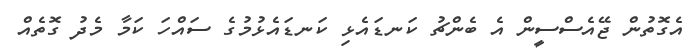
އެގޮތުން ޖޭއެސްސީން އެ ބެންޗު ކަނޑައެޅި ކަނޑައެޅުމުގެ ސައްހަ ކަމާ މެދު ގޮތެއް